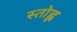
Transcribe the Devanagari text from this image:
स्तोह्ल